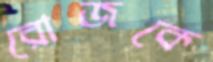
রোজকে